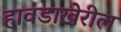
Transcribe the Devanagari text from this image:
हावडाखेरील